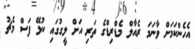
އެހެންކަމަށް ވާނަމަ ރެއާލް މެޑްރިޑްގެ ތަރި އަށް ލީގުގައި ކުޅޭ ފަސް މެޗު